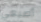
أصبعي